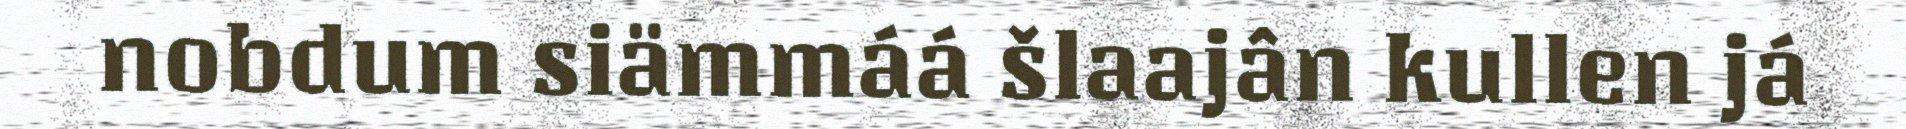
nobdum siämmáá šlaajân kullen já